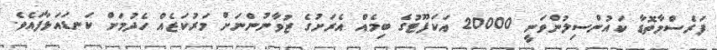
ފަރެސްމާތޮޑާ ކައުންސިލުންވަނީ 20000 އަކަފޫޓުގެ ބިމެއް އެރަށުގެ ޒުވާނުންނަށް މަރުކަޒެއް ހެދުމަށް ކަނޑައަޅާފައެވެ.